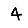
Digit: 4